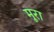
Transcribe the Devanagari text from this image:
मूरा